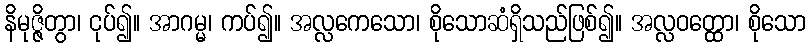
နိမုဇ္ဇိတွာ၊ ငုပ်၍။ အာဂမ္မ၊ ကပ်၍။ အလ္လကေသော၊ စိုသောဆံရှိသည်ဖြစ်၍။ အလ္လဝတ္ထော၊ စိုသော